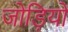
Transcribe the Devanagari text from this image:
जोड़ियों